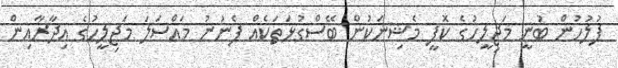
ފުލުހުން ބުނީ މަޖިލީހުގެ ކޮފީ މެޝިނަކުން ބޭސްގުޅަތަކެއް ފެނުނު މައްސަލަ މަޖިލީހުގެ އިދާރާއިން